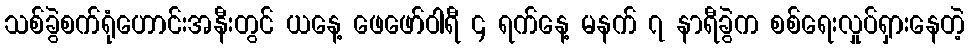
သစ်ခွဲစက်ရုံဟောင်းအနီးတွင် ယနေ့ ဖေဖော်ဝါရီ ၄ ရက်နေ့ မနက် ၇ နာရီခွဲက စစ်ရေးလှုပ်ရှားနေတဲ့